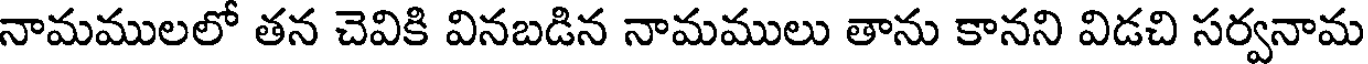
నామములలో తన చెవికి వినబడిన నామములు తాను కానని విడచి సర్వనామ